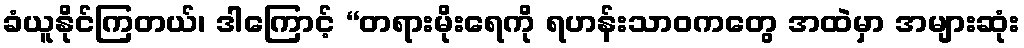
ခံယူနိုင်ကြတယ်၊ ဒါကြောင့် “တရားမိုးရေကို ရဟန်းသာဝကတွေ အထဲမှာ အများဆုံး